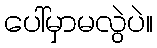
ပေါ်မှာမလွဲပဲ။